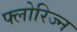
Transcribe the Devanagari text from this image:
फ्लोरिज्न